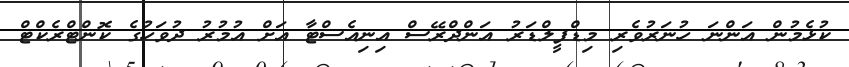
ކުޅެމުން އަންނަ ހުނަރުވެރި މިޑްފީލްޑަރު އަންދްރޭސް އިނިއެސްޓާ އަށް އުމުރު ދުވަހުގެ ކޮންޓްރެކްޓް